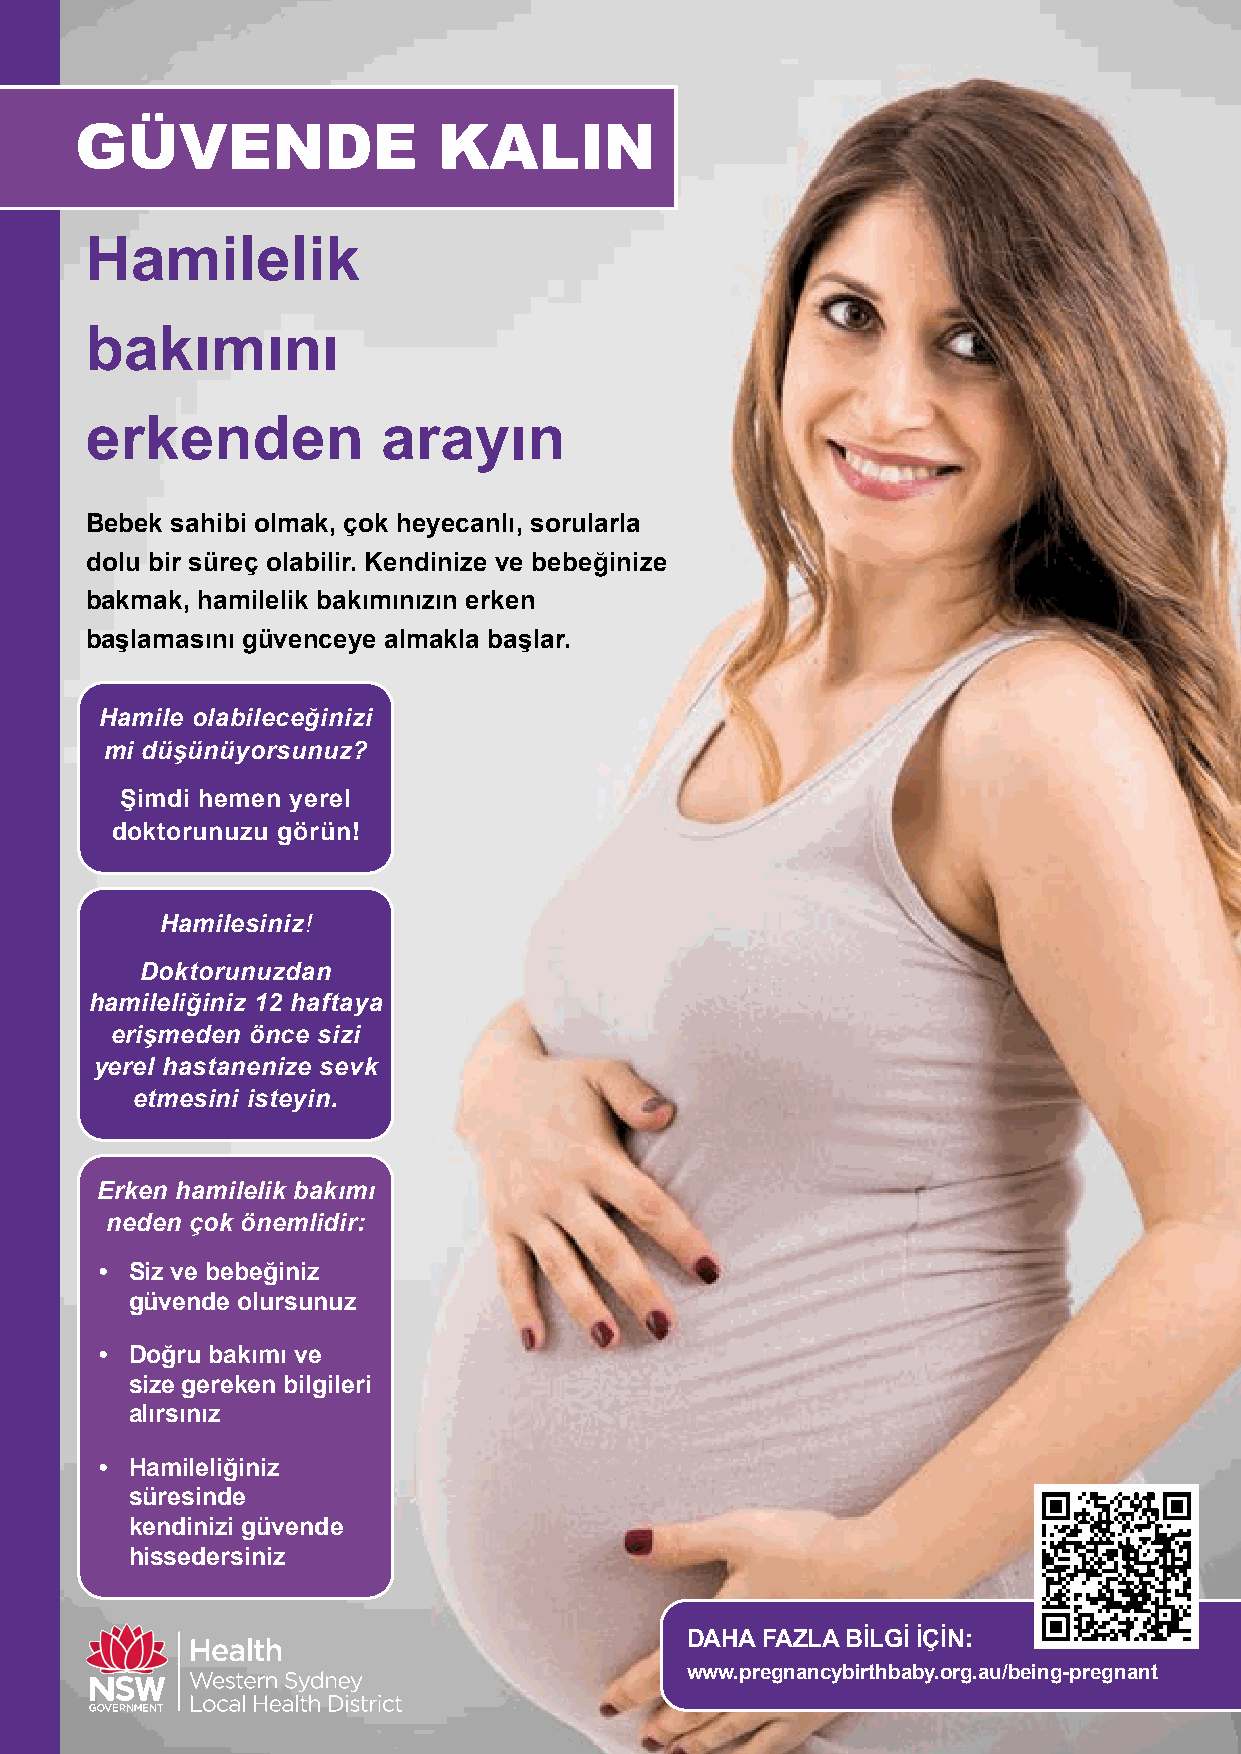
GÜVENDE                 KALIN
 Hamilelik
 bakımını
 erkenden           arayın
 Bebek sahibi olmak, çok heyecanlı, sorularla
 dolu bir süreç olabilir. Kendinize ve bebeğinize
 bakmak, hamilelik bakımınızın erken
 başlamasını güvenceye almakla başlar.
 Hamile olabileceğinizi
 mi düşünüyorsunuz?
 Şimdi hemen yerel
 doktorunuzu görün!
 Hamilesiniz!
 Doktorunuzdan
 hamileliğiniz 12 haftaya
 erişmeden önce sizi
 yerel hastanenize sevk
 etmesini isteyin.
 Erken hamilelik bakımı
 neden çok önemlidir:
 • Siz ve bebeğiniz
 güvende olursunuz
 • Doğru bakımı ve
 size gereken bilgileri
 alırsınız
 • Hamileliğiniz
 süresinde
 kendinizi güvende
 hissedersiniz
 DAHA FAZLA BİLGİ İÇİN:
 www.pregnancybirthbaby.org.au/being-pregnant